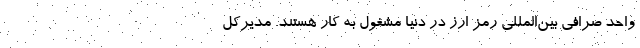
واحد صرافی بین‌المللی رمز ارز در دنیا مشغول به کار هستند. مدیرکل